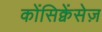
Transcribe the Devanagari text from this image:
कोंसिक्वेंसेज़